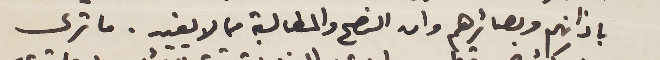
باذانهم وبصائرهم وان النصح والمطالبة مما لا يفيد. ما ترى